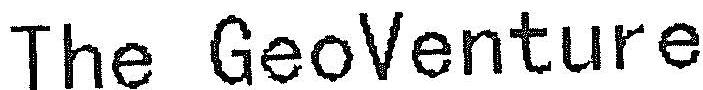
THE GEOVENTURE